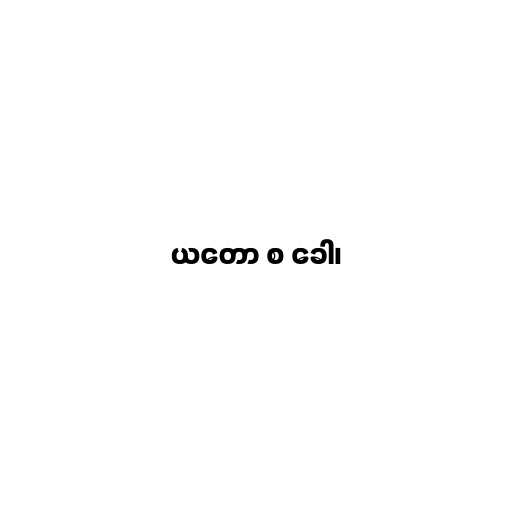
ယတော စ ခေါ၊